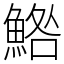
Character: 鯦